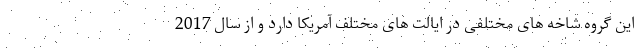
این گروه شاخه های مختلفی در ایالت های مختلف آمریکا دارد و از سال 2017